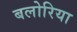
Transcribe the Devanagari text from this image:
बलोरिया